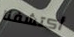
أكتشفنا